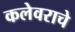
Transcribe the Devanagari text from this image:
कलेवराचे